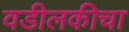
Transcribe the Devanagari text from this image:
वडीलकीचा